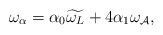
\begin{align*}\omega_{\alpha}=\alpha_{0}\widetilde{\omega_{L}} +4\alpha_{1}\omega_{\mathcal{A}},\end{align*}